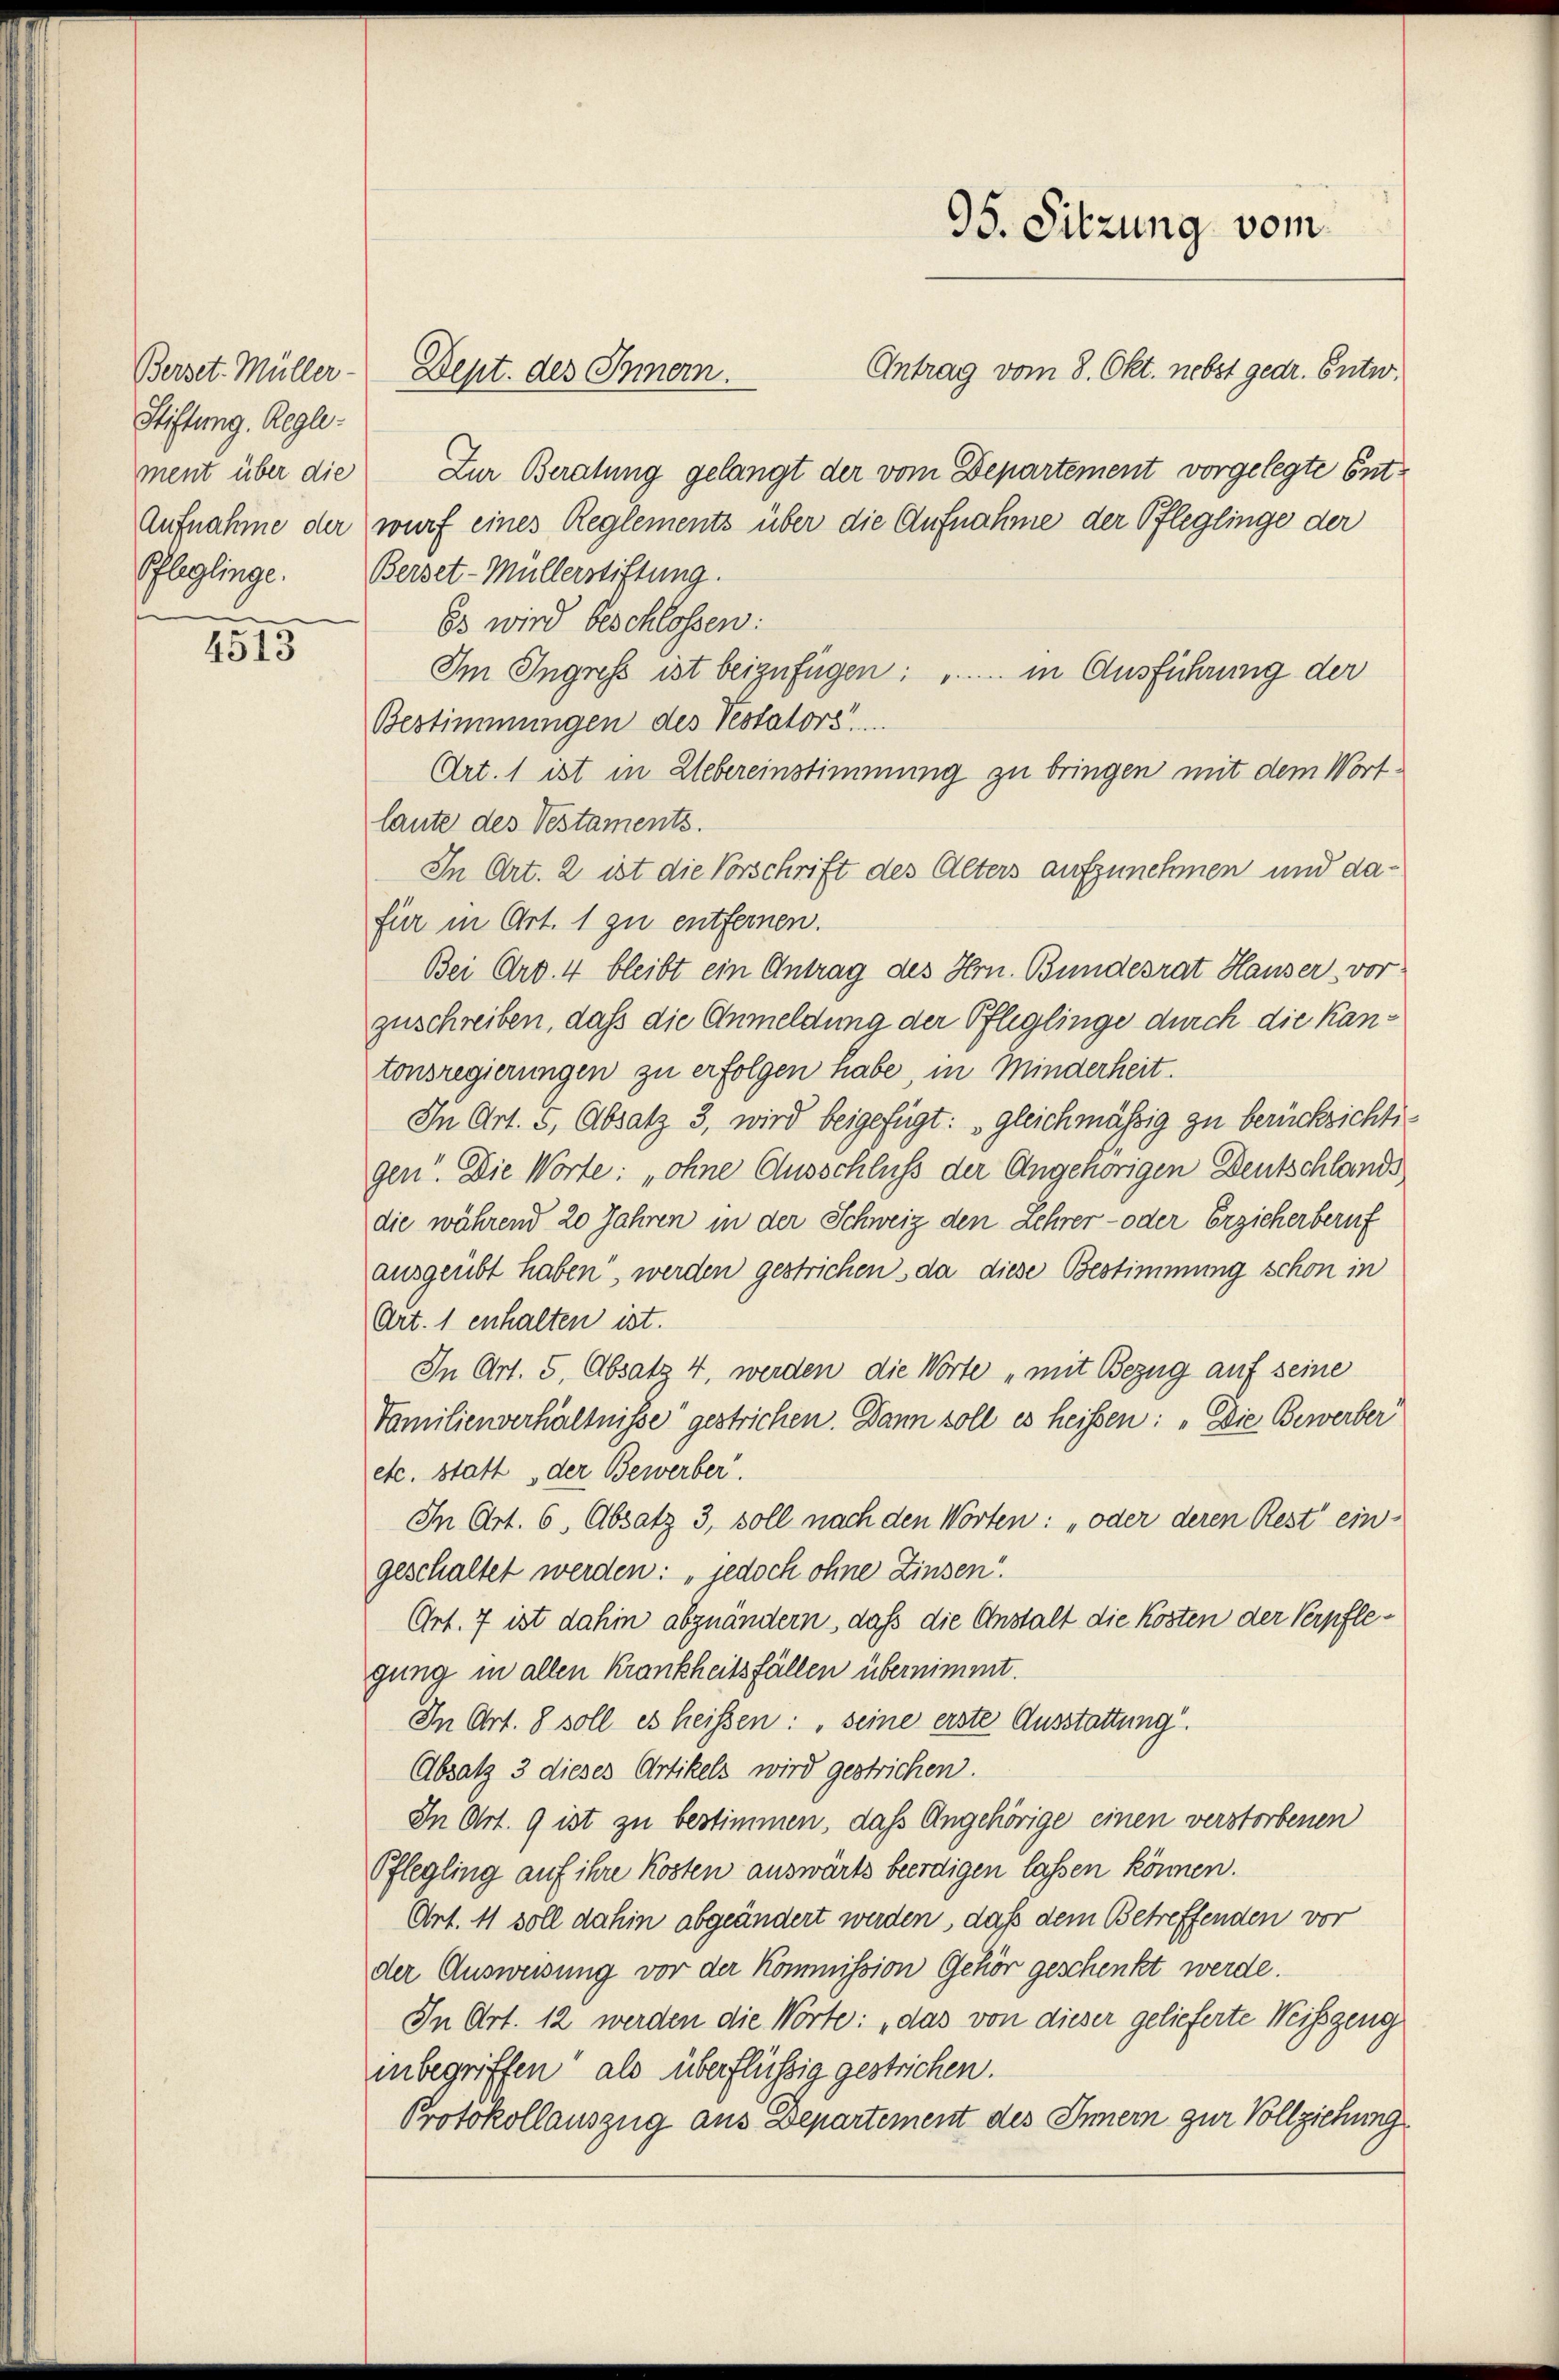
Berset. Müller.
Stiftung. Regle
Pfleglinge.

4515

Antrag vom 8. Okt. nebst gedr. Entw.
ment über die Zur Beratung gelangt der vom Departement vorgelegte Ent¬
Aufnahme der wurf eines Reglements über die Aufnahme der Pfleglinge der
Berset-Müllerstiftung.
Es wird beschlossen:
Im Ingress ist beizufügen: ".... in Ausführung der
Bestimmungen des Testators
Art. 1 ist in Uebereinstimmung zu bringen mit dem Wortlaute des Vestaments.
In Art. 2 ist die Vorschrift des Alters aufzunehmen und dafür in Art. 1 zu entfernen.
Bei Art. 4 bleibt ein Antrag des Hrn. Bundesrat Hauser, vor
zuschreiben, daß die Anmeldung der Pfleglinge durch die Kantonsregierungen zu erfolgen habe, in Minderheit.
In Art. 3, Absatz 3, wird beigefügt: „gleichmäßig zu berücksichtigen“. Die Worte: „ohne Ausschluß der Angehörigen Deutschlands
die während 20 Jahren in der Schweiz den Lehrer- oder Erzieherberuf
ausgeübt haben, werden gestrichen, da diese Bestimmung schon in
Art. 1 enhalten ist.
In Art. 5, Absatz 4, werden die Worte „mit Bezug auf seine
Familienverhältnisse" gestrichen. Dann soll es heissen: „Die Bewerber
etc. statt der Bewerber.
In Art. 6, Absatz 3, soll nach den Worten: „oder deren Rest ein
geschaltet werden: „jedoch ohne Zinsen.
Ort. 7 ist dahin abzuändern, daß die Anstalt die Kosten der Verpflegung in allen Krankheitsfällen übernimmt.
In Art. 8 soll es heißen: „seine erste Ausstattung.
Absatz 3 dieses Artikels wird gestrichen.
In Art. 9 ist zu bestimmen, das Angehörige einen verstorbenen
Pflegling auf ihre Kosten auswärts beerdigen lassen können.
Art. 41 soll dahin abgeändert werden, daß dem Betreffenden vor
der Ausweisung vor der Kommission Gehör geschenkt werde.
In Art. 12 werden die Worte: „das von dieser gelieferte Weisgeng
inbegriffen“ als überflüssig gestrichen.
Protokollauszug aus Departement des Innern zur Vollziehung

Dept. des Innern.

95. Sitzung vom